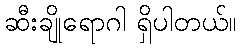
ဆီးချိုရောဂါ ရှိပါတယ်။